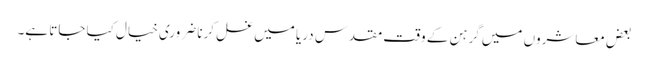
بعض معاشروں میں گرہن کے وقت مقدس دریا میں غسل کرنا ضروری خیال کیا جاتا ہے۔